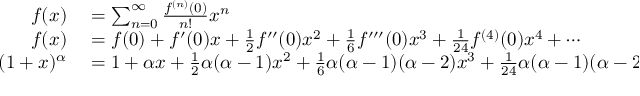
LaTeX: \begin{array} { r l } { f ( x ) } & { { } = \sum _ { n = 0 } ^ { \infty } { \frac { f ^ { ( n ) } ( 0 ) } { n ! } } x ^ { n } } \\ { f ( x ) } & { { } = f ( 0 ) + f ^ { \prime } ( 0 ) x + { \frac { 1 } { 2 } } f ^ { \prime \prime } ( 0 ) x ^ { 2 } + { \frac { 1 } { 6 } } f ^ { \prime \prime \prime } ( 0 ) x ^ { 3 } + { \frac { 1 } { 2 4 } } f ^ { ( 4 ) } ( 0 ) x ^ { 4 } + \cdots } \\ { ( 1 + x ) ^ { \alpha } } & { { } = 1 + \alpha x + { \frac { 1 } { 2 } } \alpha ( \alpha - 1 ) x ^ { 2 } + { \frac { 1 } { 6 } } \alpha ( \alpha - 1 ) ( \alpha - 2 ) x ^ { 3 } + { \frac { 1 } { 2 4 } } \alpha ( \alpha - 1 ) ( \alpha - 2 ) ( \alpha - 3 ) x ^ { 4 } + \cdots } \end{array}